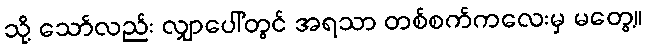
သို့ သော်လည်း လျှာပေါ်တွင် အရသာ တစ်စက်ကလေးမှ မတွေ့။